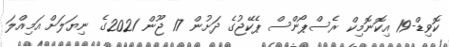
ކޮވިޑް-19 އިކޮނޮމިކް ރެސްޕޯންސް ޕެކޭޖުގެ ދަށުން 17 ޖޫން 2021ގެ ނިޔަލަށް އަމިއްލަ